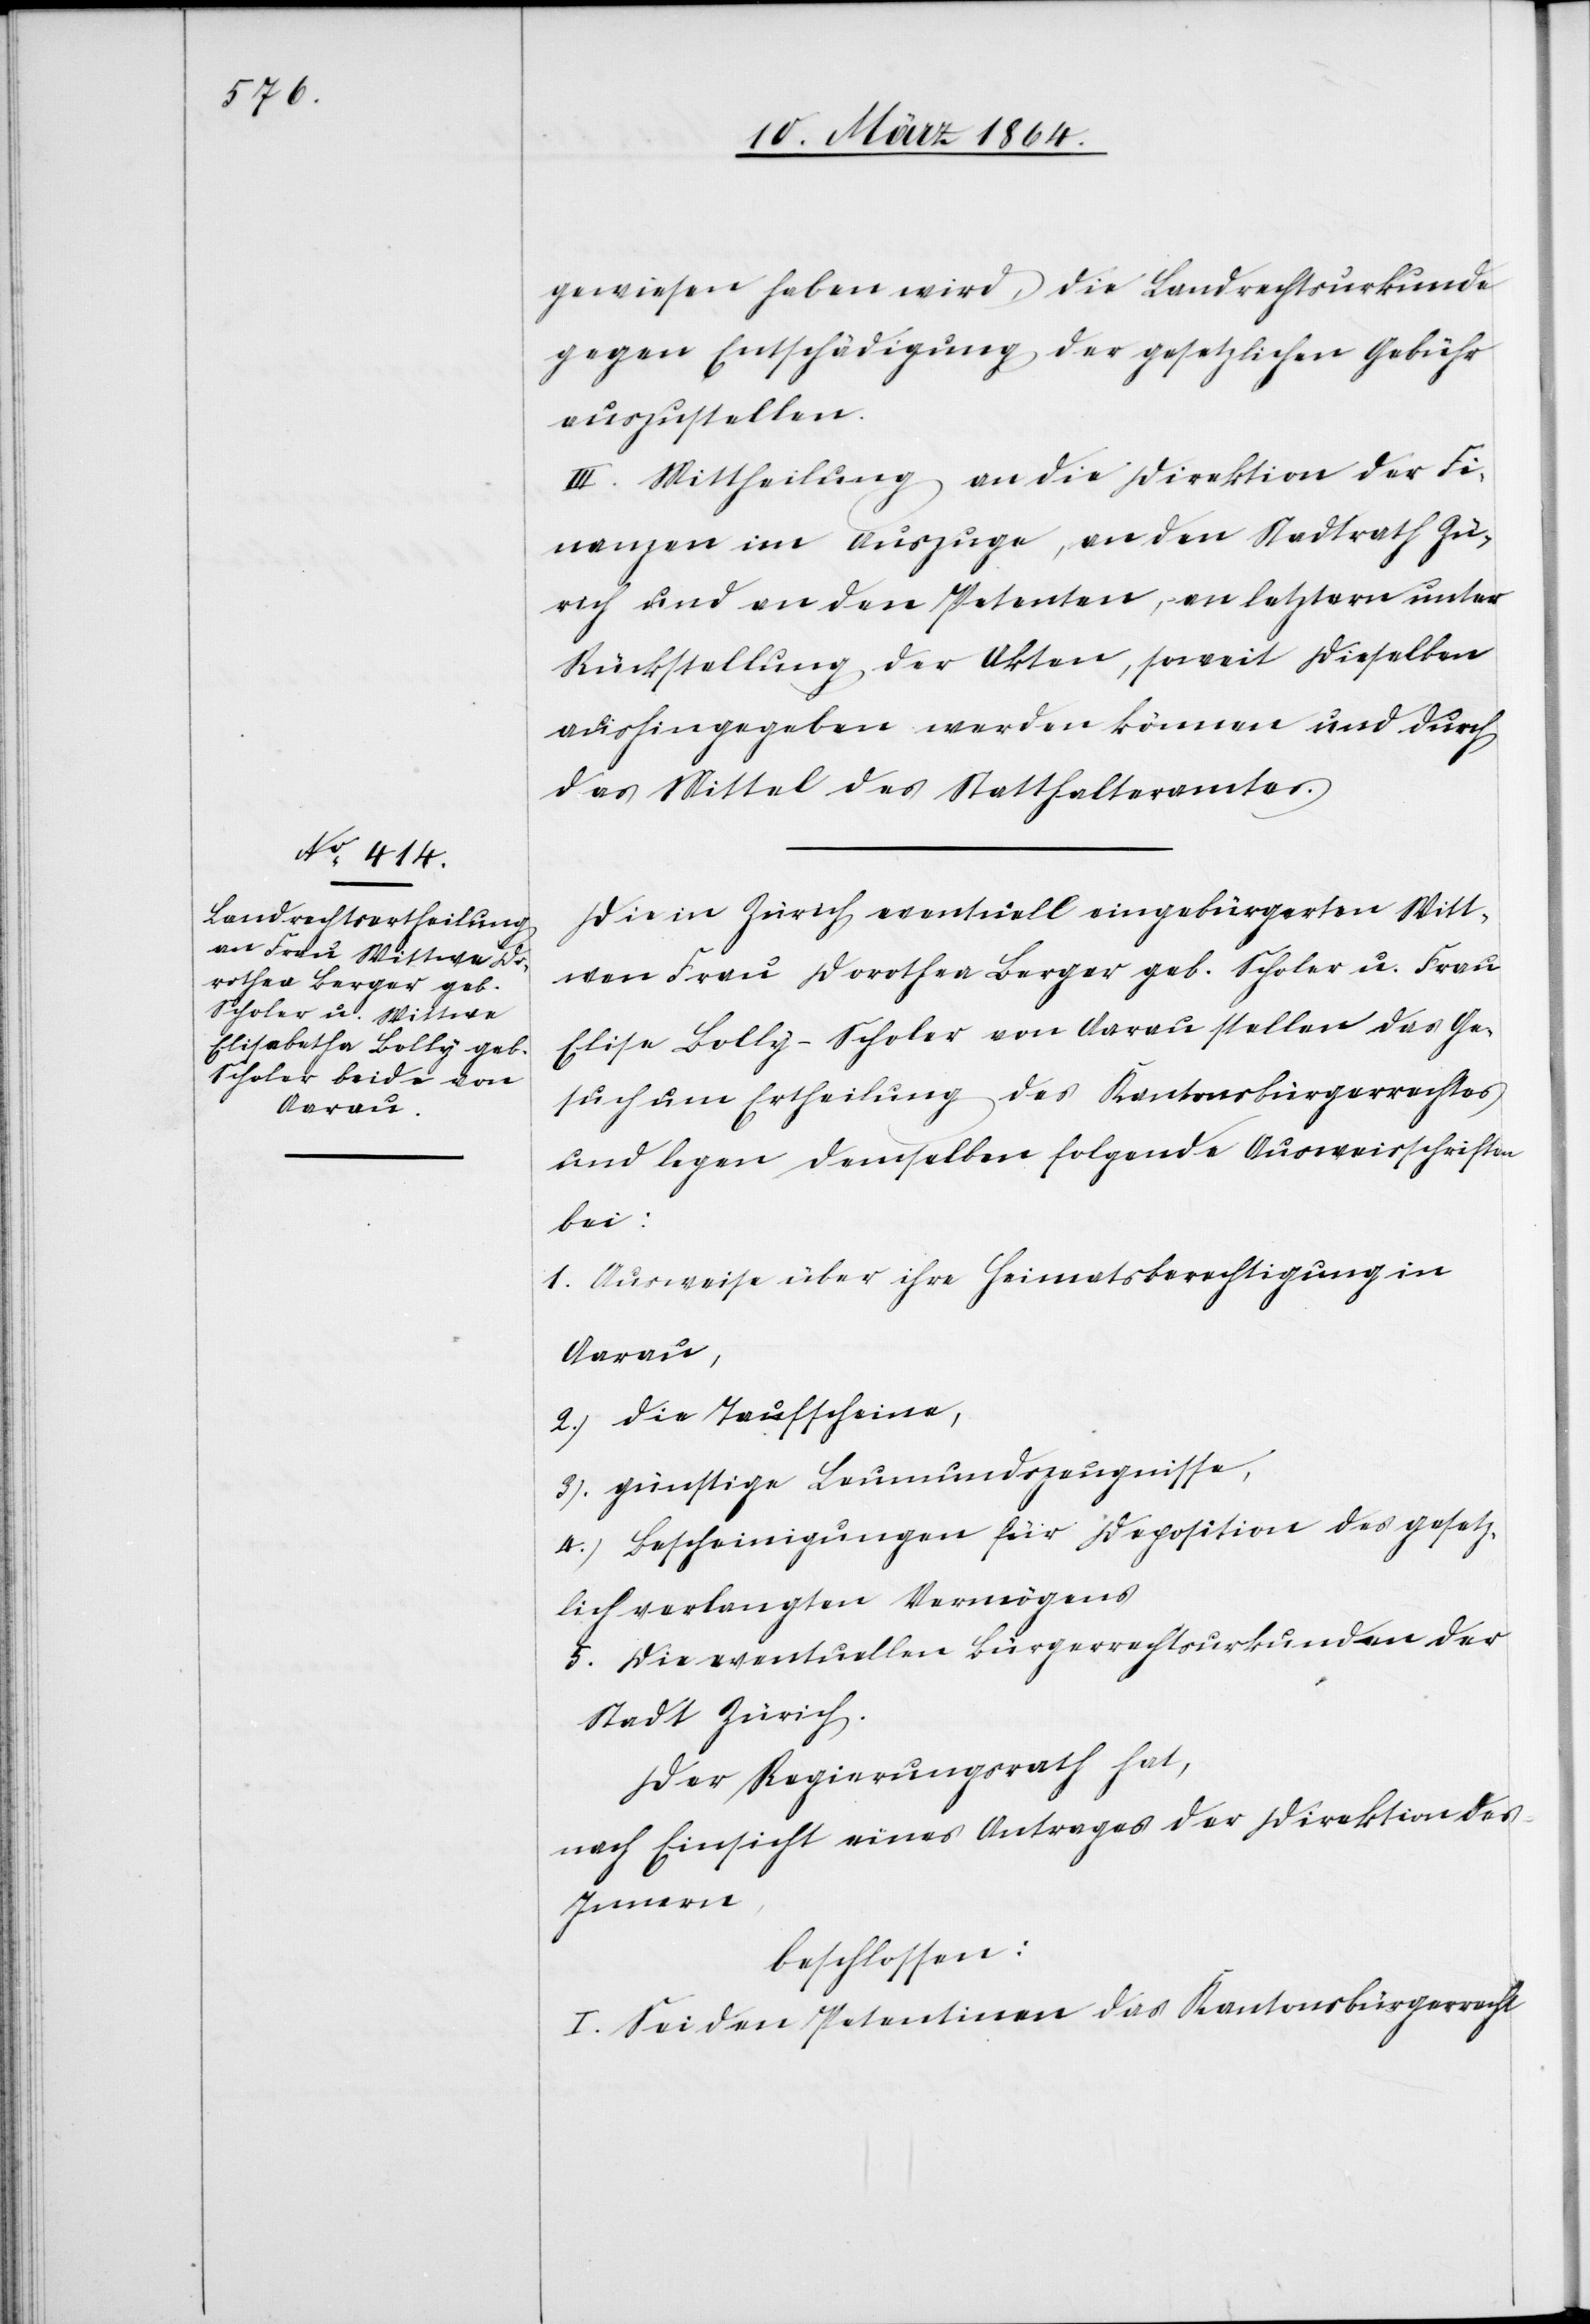
gewiesen haben wird, die Landrechtsurkunde
gegen Entschädigung der gesetzlichen Gebühr
auszustellen.
III. Mittheilung an die Direktion der Fi¬
nanzen im Auszuge, an den Stadtrath Zü¬
rich und an den Petenten, an letztern unter
Rückstellung der Akten, soweit dieselben
aushingegeben werden können und durch
das Mittel des Statthalteramtes.
Die in Zürich eventuell eingebürgerten Witt¬
wen Frau Dorothea Berger geb. Scholer u. Frau
Elise Bolly-Scholer von Aarau stellen das Ge¬
such um Ertheilung des Kantonsbürgerrechtes
und legen demselben folgende Ausweisschriften
bei:
1.) Ausweise über ihre Heimatsberechtigung in
Aarau,
2.) die Taufscheine,
3.) günstige Leumundszeugnisse,
4.) Bescheinigungen für Deposition des gesetz¬
lich verlangten Vermögens
5.) Die eventuellen Bürgerrechtsurkunden der
Stadt Zürich.
Der Regierungsrath hat,
nach Einsicht eines Antrages der Direktion des
Innern,
beschlossen:
I. Sei den Petentinnen das Kantonsbürgerrecht